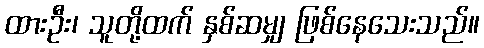
ထားဦး၊ သူတို့ထက် နှစ်ဆမျှ ဖြစ်နေသေးသည်။